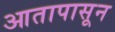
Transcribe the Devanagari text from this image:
आतापासून